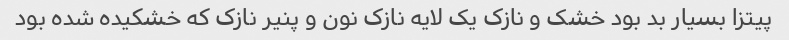
پیتزا بسیار بد بود خشک و نازک یک لایه نازک نون و پنیر نازک که خشکیده شده بود